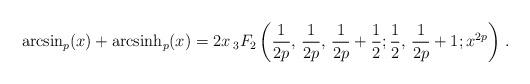
LaTeX: \begin{align*} \arcsin_p(x) + {\rm arcsinh}_p(x) = 2x\,{}_3F_2\left(\frac1{2p},\, \frac1{2p},\,\frac1{2p}+\frac12; \frac12,\,\frac1{2p}+1; x^{2p} \right)\, . \end{align*}